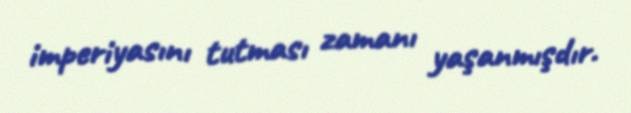
imperiyasını tutması zamanı yaşanmışdır.